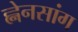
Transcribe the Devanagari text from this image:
ह्नेनसांग